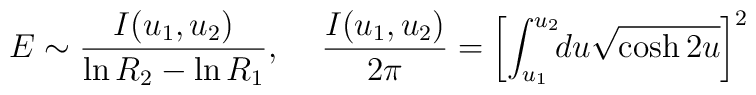
E \sim {I(u_1, u_2) \over {\ln R_2 - \ln R_1}},\hspace{0.5cm}{I (u_1, u_2)\over{2\pi}} =\left[ \int_{u_1}^{u_2}\!\! du\sqrt{\cosh 2u}\right]^2